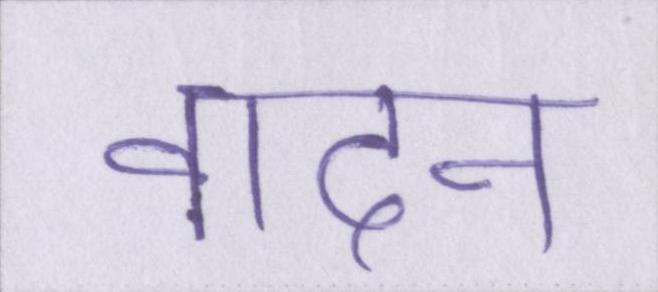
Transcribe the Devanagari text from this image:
वादन